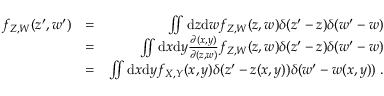
\begin{array} { r l r } { f _ { Z , W } ( z ^ { \prime } , w ^ { \prime } ) } & { = } & { \iint \mathrm d z \mathrm d w f _ { Z , W } ( z , w ) \delta ( z ^ { \prime } - z ) \delta ( w ^ { \prime } - w ) } \\ & { = } & { \iint \mathrm d x \mathrm d y \frac { \partial ( x , y ) } { \partial ( z , w ) } f _ { Z , W } ( z , w ) \delta ( z ^ { \prime } - z ) \delta ( w ^ { \prime } - w ) } \\ & { = } & { \iint \mathrm d x \mathrm d y f _ { X , Y } ( x , y ) \delta ( z ^ { \prime } - z ( x , y ) ) \delta ( w ^ { \prime } - w ( x , y ) ) \; . } \end{array}